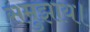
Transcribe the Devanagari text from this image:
समुझाय।